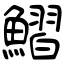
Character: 鰼